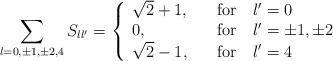
LaTeX: \begin{align*}\sum_{l=0,\pm 1, \pm 2, 4} S_{ll'}= \left\{ \begin{array}{ll}\sqrt{2}+1, & \quad \mathrm{for}\quad l'=0 \\ 0, & \quad \mathrm{for}\quad l'=\pm 1, \pm 2 \\\sqrt{2}-1, & \quad \mathrm{for}\quad l'=4 \end{array} \right.\end{align*}